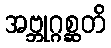
အဗ္ဘုဂ္ဂစ္ဆတိ